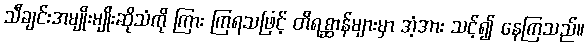
သီချင်းအမျိုးမျိုးဆိုသံကို ကြား ကြရသဖြင့် တိရစ္ဆာန်များမှာ အံ့အား သင့်၍ နေကြသည်။